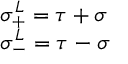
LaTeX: \begin{array} { l l } { { \sigma _ { + } ^ { L } = \tau + \sigma } } \\ { { \sigma _ { - } ^ { L } = \tau - \sigma } } \end{array}